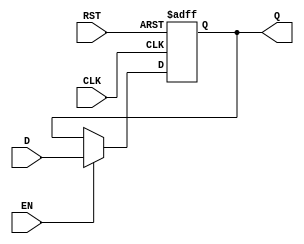
module DataRegister #(
    parameter WIDTH = 8  // Parameter to define the width of the register
)(
    input wire [WIDTH-1:0] D,    // Data Input
    input wire CLK,               // Clock Input
    input wire RST,               // Asynchronous Reset Input
    input wire EN,                // Enable Input
    output reg [WIDTH-1:0] Q      // Data Output
);

// Asynchronous Reset and Synchronous Load
always @(posedge CLK or posedge RST) begin
    if (RST) begin
        Q <= {WIDTH{1'b0}}; // Clear the register on reset
    end else if (EN) begin
        Q <= D; // Capture the input data on clock edge if enabled
    end
end

endmodule